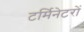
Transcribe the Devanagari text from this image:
टर्मिनेटरों